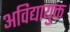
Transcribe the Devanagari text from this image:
अविद्यायुक्त